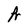
Character: A